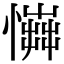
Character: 𢢟